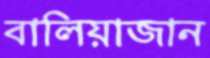
বালিয়াজান